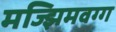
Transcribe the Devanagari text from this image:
मज्झिमवग्ग